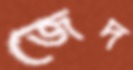
জেদ